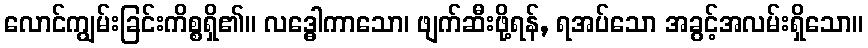
လောင်ကျွမ်းခြင်းကိစ္စရှိ၏။ လဒ္ဓေါကာသော၊ ဖျက်ဆီးဖို့ရန်, ရအပ်သော အခွင့်အလမ်းရှိသော။